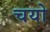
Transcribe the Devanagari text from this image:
चयो